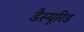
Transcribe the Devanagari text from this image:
डैस्यूरिड